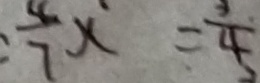
: \frac { 4 } { 7 } x = \frac { 3 } { 4 }